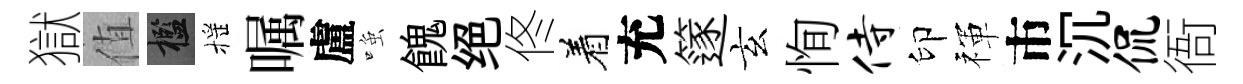
獄值檻摇嘱盧𫪻餽绝佟着充篴玄恂侍印禈市沉侃衙